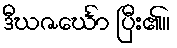
ဒီဃဇင်္ဃော ပြီး၏။